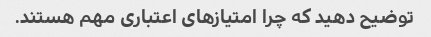
توضیح دهید که چرا امتیازهای اعتباری مهم هستند.